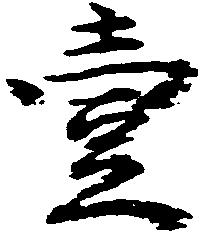
壱